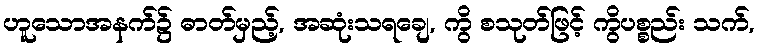
ဟူသောအနက်၌ ဓာတ်မှည့်, အဆုံးသရချေ, ကွိ စသုတ်ဖြင့် ကွိပစ္စည်း သက်,